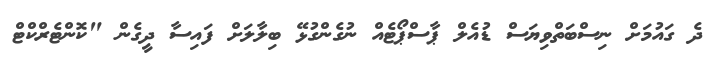
ދެ ގައުމަށް ނިސްބަތްވިޔަސް ޑުއެލް ޕާސްޕޯޓެއް ނުގެންގުޅޭ ބިލާލަށް ފައިސާ ދީގެން "ކޮންޓެރްކްޓް